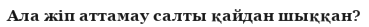
Ала жіп аттамау салты қайдан шыққан?